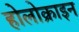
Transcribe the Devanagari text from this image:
होलोक्राइन